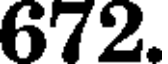
672.